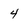
Character: 4